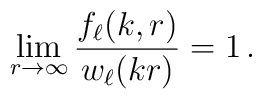
\lim_{r\to\infty} \frac{f_\ell(k,r)}{w_\ell(kr)} = 1\,.